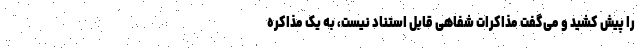
را پیش کشید و می‌گفت مذاکرات شفاهی قابل استناد نیست، به یک مذاکره